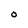
Character: O